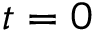
t = 0